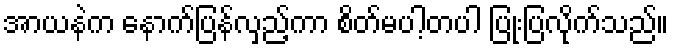
အာယနဲက နောက်ပြန်လှည့်ကာ စိတ်မပါ့တပါ ပြုံးပြလိုက်သည်။